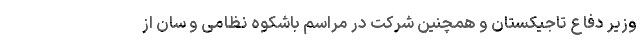
وزیر دفاع تاجیکستان و همچنین شرکت در مراسم باشکوه نظامی و سان از